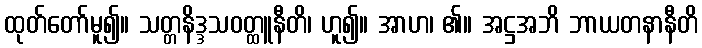
ထုတ်တော်မူ၍။ သတ္တနိဒ္ဒသဝတ္ထူနီတိ၊ ဟူ၍။ အာဟ၊ ၏။ အဋ္ဌအဘိ ဘာယတနာနီတိ